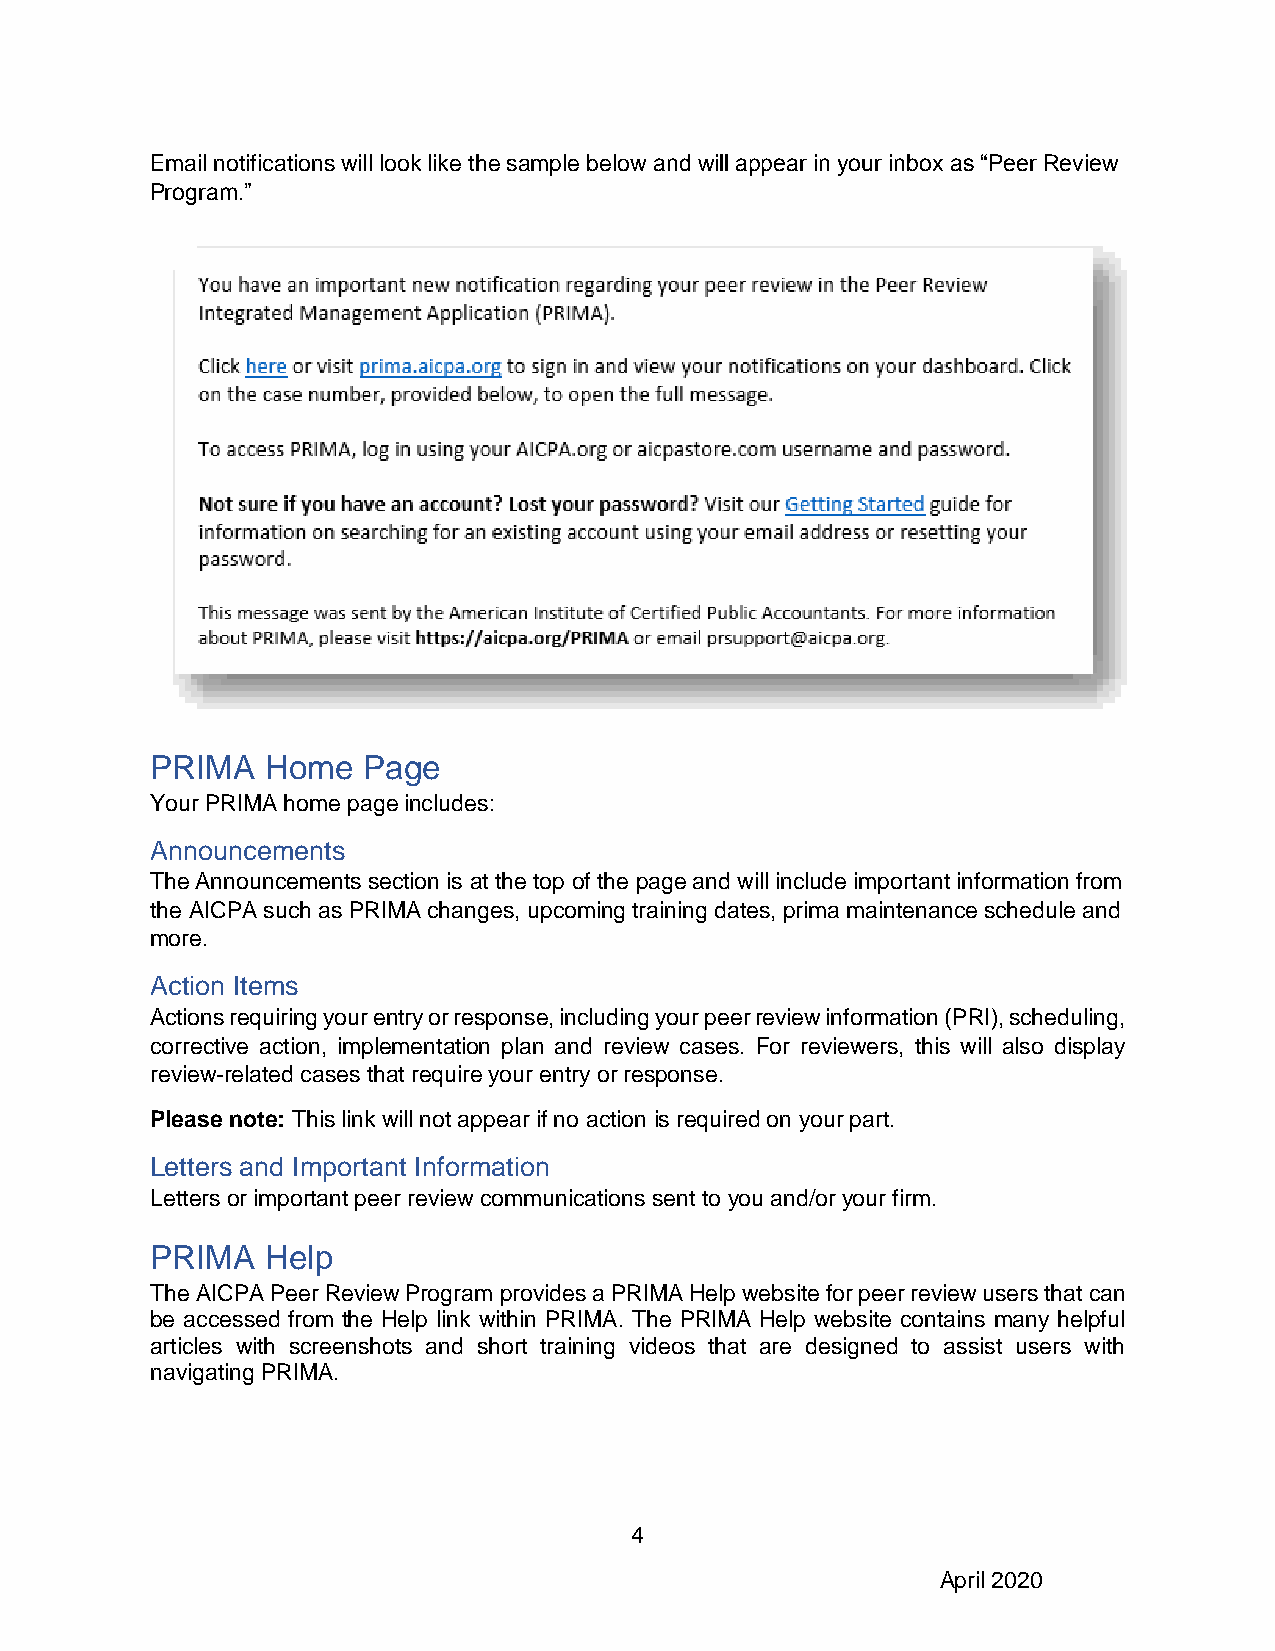
Email notifications will look like the sample below and will appear in your inbox as “Peer Review
 Program.”
 PRIMA   Home  Page
 Your PRIMA home page includes:
 Announcements
 The Announcements section is at the top of the page and will include important information from
 the AICPA such as PRIMA changes, upcoming training dates, prima maintenance schedule and
 more.
 Action Items
 Actions requiring your entry or response, including your peer review information (PRI), scheduling,
 corrective action, implementation plan and review cases. For reviewers, this will also display
 review-related cases that require your entry or response.
 Please note: This link will not appear if no action is required on your part.
 Letters and Important Information
 Letters or important peer review communications sent to you and/or your firm.
 PRIMA   Help
 The AICPA Peer Review Program provides a PRIMA Help website for peer review users that can
 be accessed from the Help link within PRIMA. The PRIMA Help website contains many helpful
 articles with screenshots and short training videos that are designed to assist users with
 navigating PRIMA.
 4
 April 2020